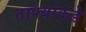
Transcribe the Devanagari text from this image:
ताफ्याकडे